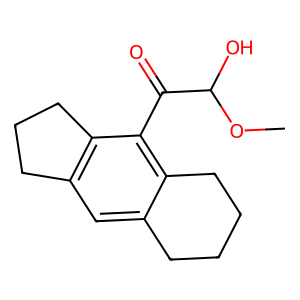
SMILES: COC(O)C(=O)c1c2c(cc3c1CCC3)CCCC2
Inhibits HIV replication: No